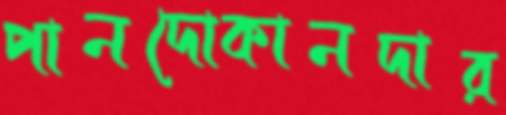
পানদোকানদার